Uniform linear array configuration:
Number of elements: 24
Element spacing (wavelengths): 0.25
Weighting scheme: hamming
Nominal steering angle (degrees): -60
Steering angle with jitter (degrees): -61.568
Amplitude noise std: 0.05
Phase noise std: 0.05

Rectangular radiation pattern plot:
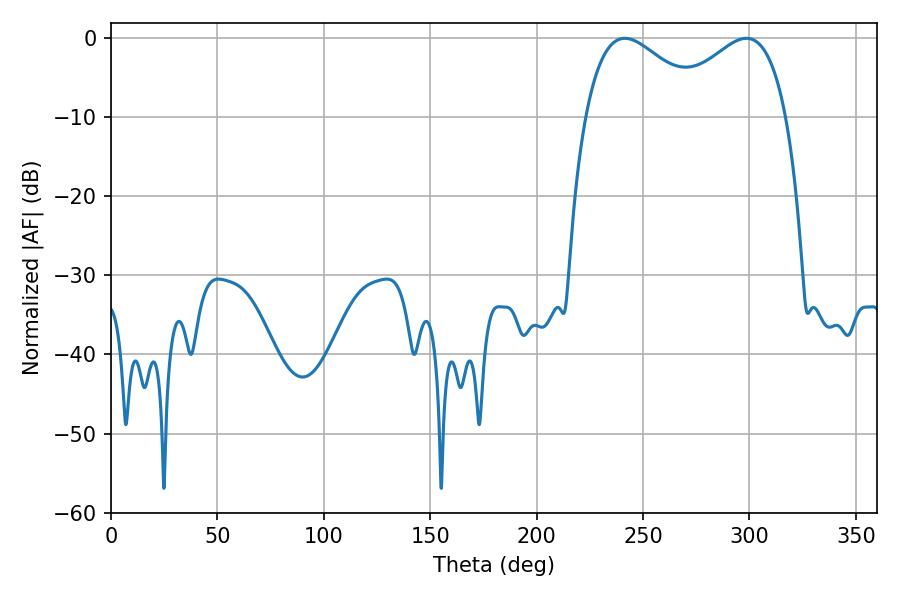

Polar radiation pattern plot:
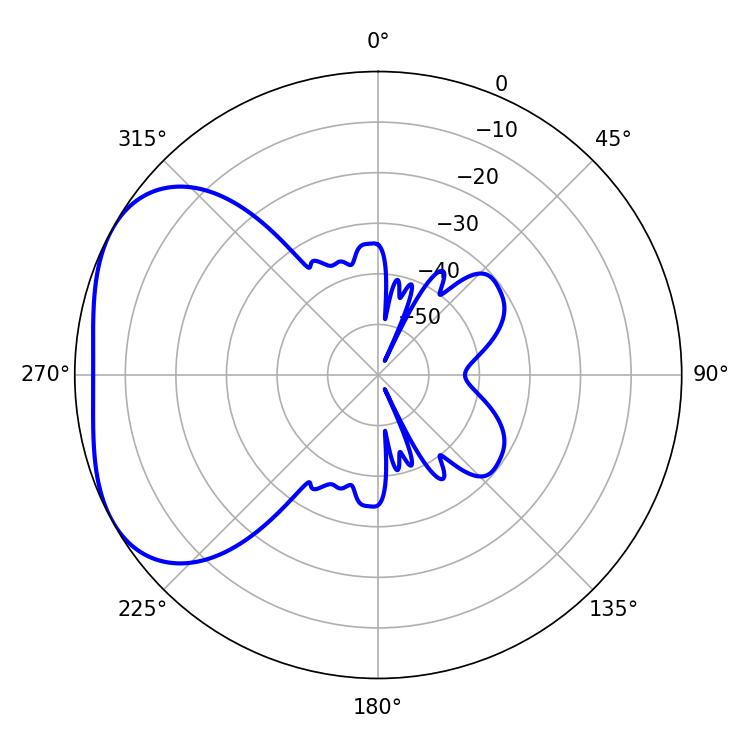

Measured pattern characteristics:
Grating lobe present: FALSE
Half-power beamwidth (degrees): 31.32
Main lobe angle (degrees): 241.38